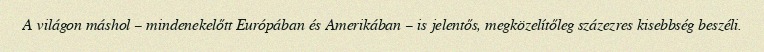
A világon máshol – mindenekelőtt Európában és Amerikában – is jelentős, megközelítőleg százezres kisebbség beszéli.